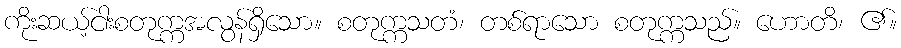
ကိုးဆယ့်ငါးစတုက္ကအလွန်ရှိသော။ စတုက္ကသတံ၊ တစ်ရာသော စတုက္ကသည်။ ဟောတိ၊ ၏။